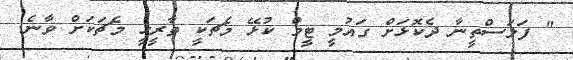
" ފަލަސްތީނާ ދެކޮޅަށް ގައުމީ ޓީމް ކުޅޭ މެޗަކީ ތާރީހީ މެޗަކަށް ވާނެ.